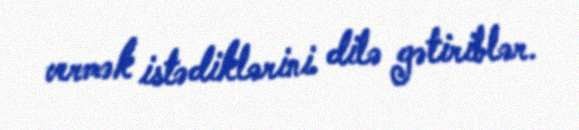
vermək istədiklərini dilə gətiriblər.